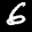
Label: 6